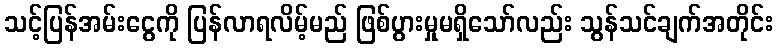
သင့်ပြန်အမ်းငွေကို ပြန်လာရလိမ့်မည် ဖြစ်ပွားမှုမရှိသော်လည်း သွန်သင်ချက်အတိုင်း